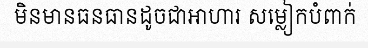
មិនមានធនធានដូចជាអាហារ សម្លៀកបំពាក់